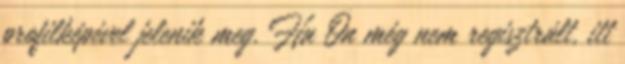
profilképével jelenik meg. Ha Ön még nem regisztrált, itt